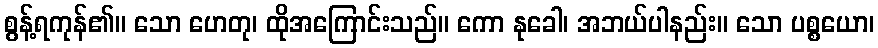
စွန့်ရကုန်၏။ သော ဟေတု၊ ထိုအကြောင်းသည်။ ကော နုခေါ၊ အဘယ်ပါနည်း။ သော ပစ္စယော၊